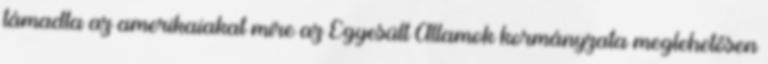
támadta az amerikaiakat mire az Egyesült Államok kormányzata meglehetősen